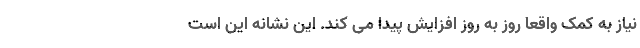
نیاز به کمک واقعا روز به روز افزایش پیدا می کند. این نشانه این است